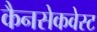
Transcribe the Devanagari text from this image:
कैनसेकवेस्ट